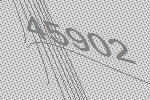
45902